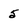
Character: 5